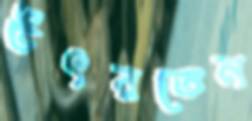
উৎরতেন